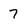
Character: 7